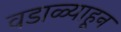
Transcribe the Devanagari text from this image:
वडाळ्याहून